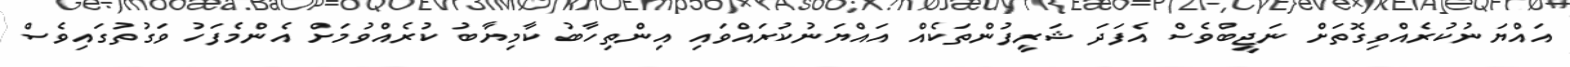
އައްޔަނުކުރެއްވިގޮތަށް ނަޖީބްވެސް އެފަދަ ޝަރީފުންތަކެއް އައްޔަނުކުރައްވައި އިންތިހާބު ކާމިޔާބު ކުރެއްވުމަށް އެންމެފަހު ވަގުތުގައިވެސް